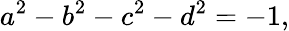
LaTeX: a^{2}-b^{2}-c^{2}-d^{2}=-1,